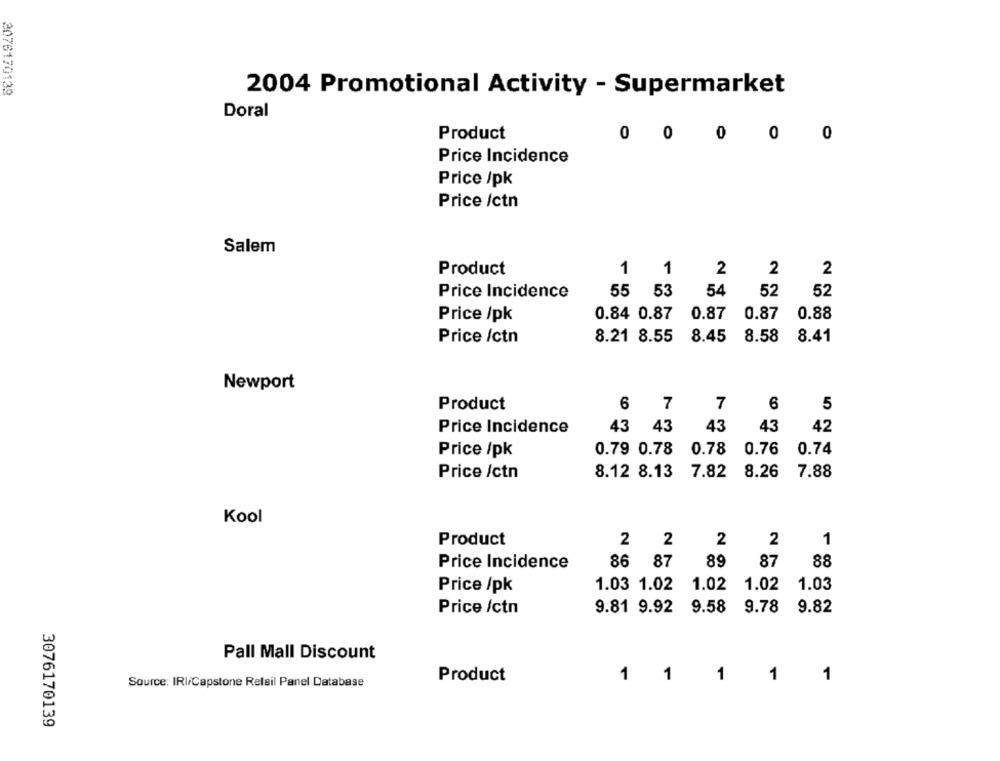
2076170139
2004 Promotional Activity - Supermarket
Doral
Product
0 0 0 0 0
Price Incidence
Price /pk
Price /ctn
Salem
Product
1
1
2
2
2
Price Incidence
55 53
54
52
52
Price /pk
0.84 0.87
0.87 0.87
0.88
Price /ctn
8.21 8.55
8.45
8.58
8.41
Newport
6
7
6
Product
7
5
43
42
Price Incidence
43 43
43
Price /pk
0.79 0.78
0.78
0.76
0.74
Price /ctn
8.12 8.13
7.82
8.26
7.88
Kool
Product
1
2 2
2
2
86 87
89
87
88
Price Incidence
1.03 1.02
1.02
1.02
1.03
Price /pk
Price /ctn
9.81 9.92
9.58
9.78
9.82
Pall Mall Discount
Product
1
1
1
1
Source: IRI/Capstone Relail Panel Database
1
3076170139